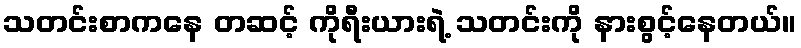
သတင်းစာကနေ တဆင့် ကိုရီးယားရဲ့ သတင်းကို နားစွင့်နေတယ်။